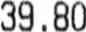
39.80